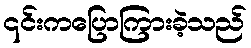
၎င်းကပြောကြားခဲ့သည်